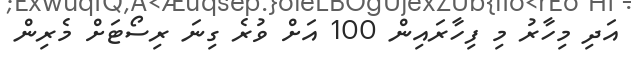
އަދި މިހާރު މި ފިހާރައިން 100 އަށް ވުރެ ގިނަ ރިސޯޓަށް މެރިން